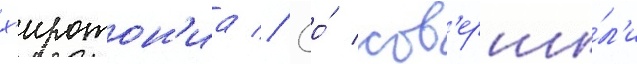
х'иротон'иа // Ео́ сов'ерши́л'и